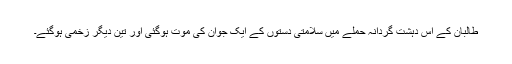
طالبان کے اس دہشت گردانہ حملے میں سلامتی دستوں کے ایک جوان کی موت ہوگئی اور تین دیگر زخمی ہوگئے۔